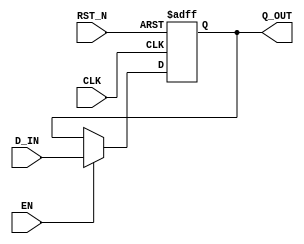

// Copyright (c) 2000-2009 Bluespec, Inc.

// Permission is hereby granted, free of charge, to any person obtaining a copy
// of this software and associated documentation files (the "Software"), to deal
// in the Software without restriction, including without limitation the rights
// to use, copy, modify, merge, publish, distribute, sublicense, and/or sell
// copies of the Software, and to permit persons to whom the Software is
// furnished to do so, subject to the following conditions:

// The above copyright notice and this permission notice shall be included in
// all copies or substantial portions of the Software.

// THE SOFTWARE IS PROVIDED "AS IS", WITHOUT WARRANTY OF ANY KIND, EXPRESS OR
// IMPLIED, INCLUDING BUT NOT LIMITED TO THE WARRANTIES OF MERCHANTABILITY,
// FITNESS FOR A PARTICULAR PURPOSE AND NONINFRINGEMENT. IN NO EVENT SHALL THE
// AUTHORS OR COPYRIGHT HOLDERS BE LIABLE FOR ANY CLAIM, DAMAGES OR OTHER
// LIABILITY, WHETHER IN AN ACTION OF CONTRACT, TORT OR OTHERWISE, ARISING FROM,
// OUT OF OR IN CONNECTION WITH THE SOFTWARE OR THE USE OR OTHER DEALINGS IN
// THE SOFTWARE.
//
// $Revision: 17872 $
// $Date: 2009-09-18 14:32:56 +0000 (Fri, 18 Sep 2009) $

`ifdef BSV_ASSIGNMENT_DELAY
`else
`define BSV_ASSIGNMENT_DELAY
`endif

// Standard register with asynchronous reset
module ConfigRegA(CLK, RST_N, Q_OUT, D_IN, EN);
   // synopsys template   

   parameter width = 1;
   parameter init = { width {1'b0}} ;

   input     CLK;
   input     RST_N;
   input     EN;
   input [width - 1 : 0] D_IN;
   output [width - 1 : 0] Q_OUT;

   reg [width - 1 : 0]    Q_OUT;

   always@(posedge CLK or negedge RST_N) begin
      if (RST_N == 0)
        Q_OUT <= `BSV_ASSIGNMENT_DELAY init;
      else
        begin
           if (EN)
             Q_OUT <= `BSV_ASSIGNMENT_DELAY D_IN;
        end 
   end // always@ (posedge CLK or negedge RST_N)
   

`ifdef BSV_NO_INITIAL_BLOCKS
`else // not BSV_NO_INITIAL_BLOCKS
   // synopsys translate_off
   initial begin
      Q_OUT = {((width + 1)/2){2'b10}} ;
   end
   // synopsys translate_on
`endif // BSV_NO_INITIAL_BLOCKS

endmodule